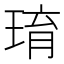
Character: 㻙